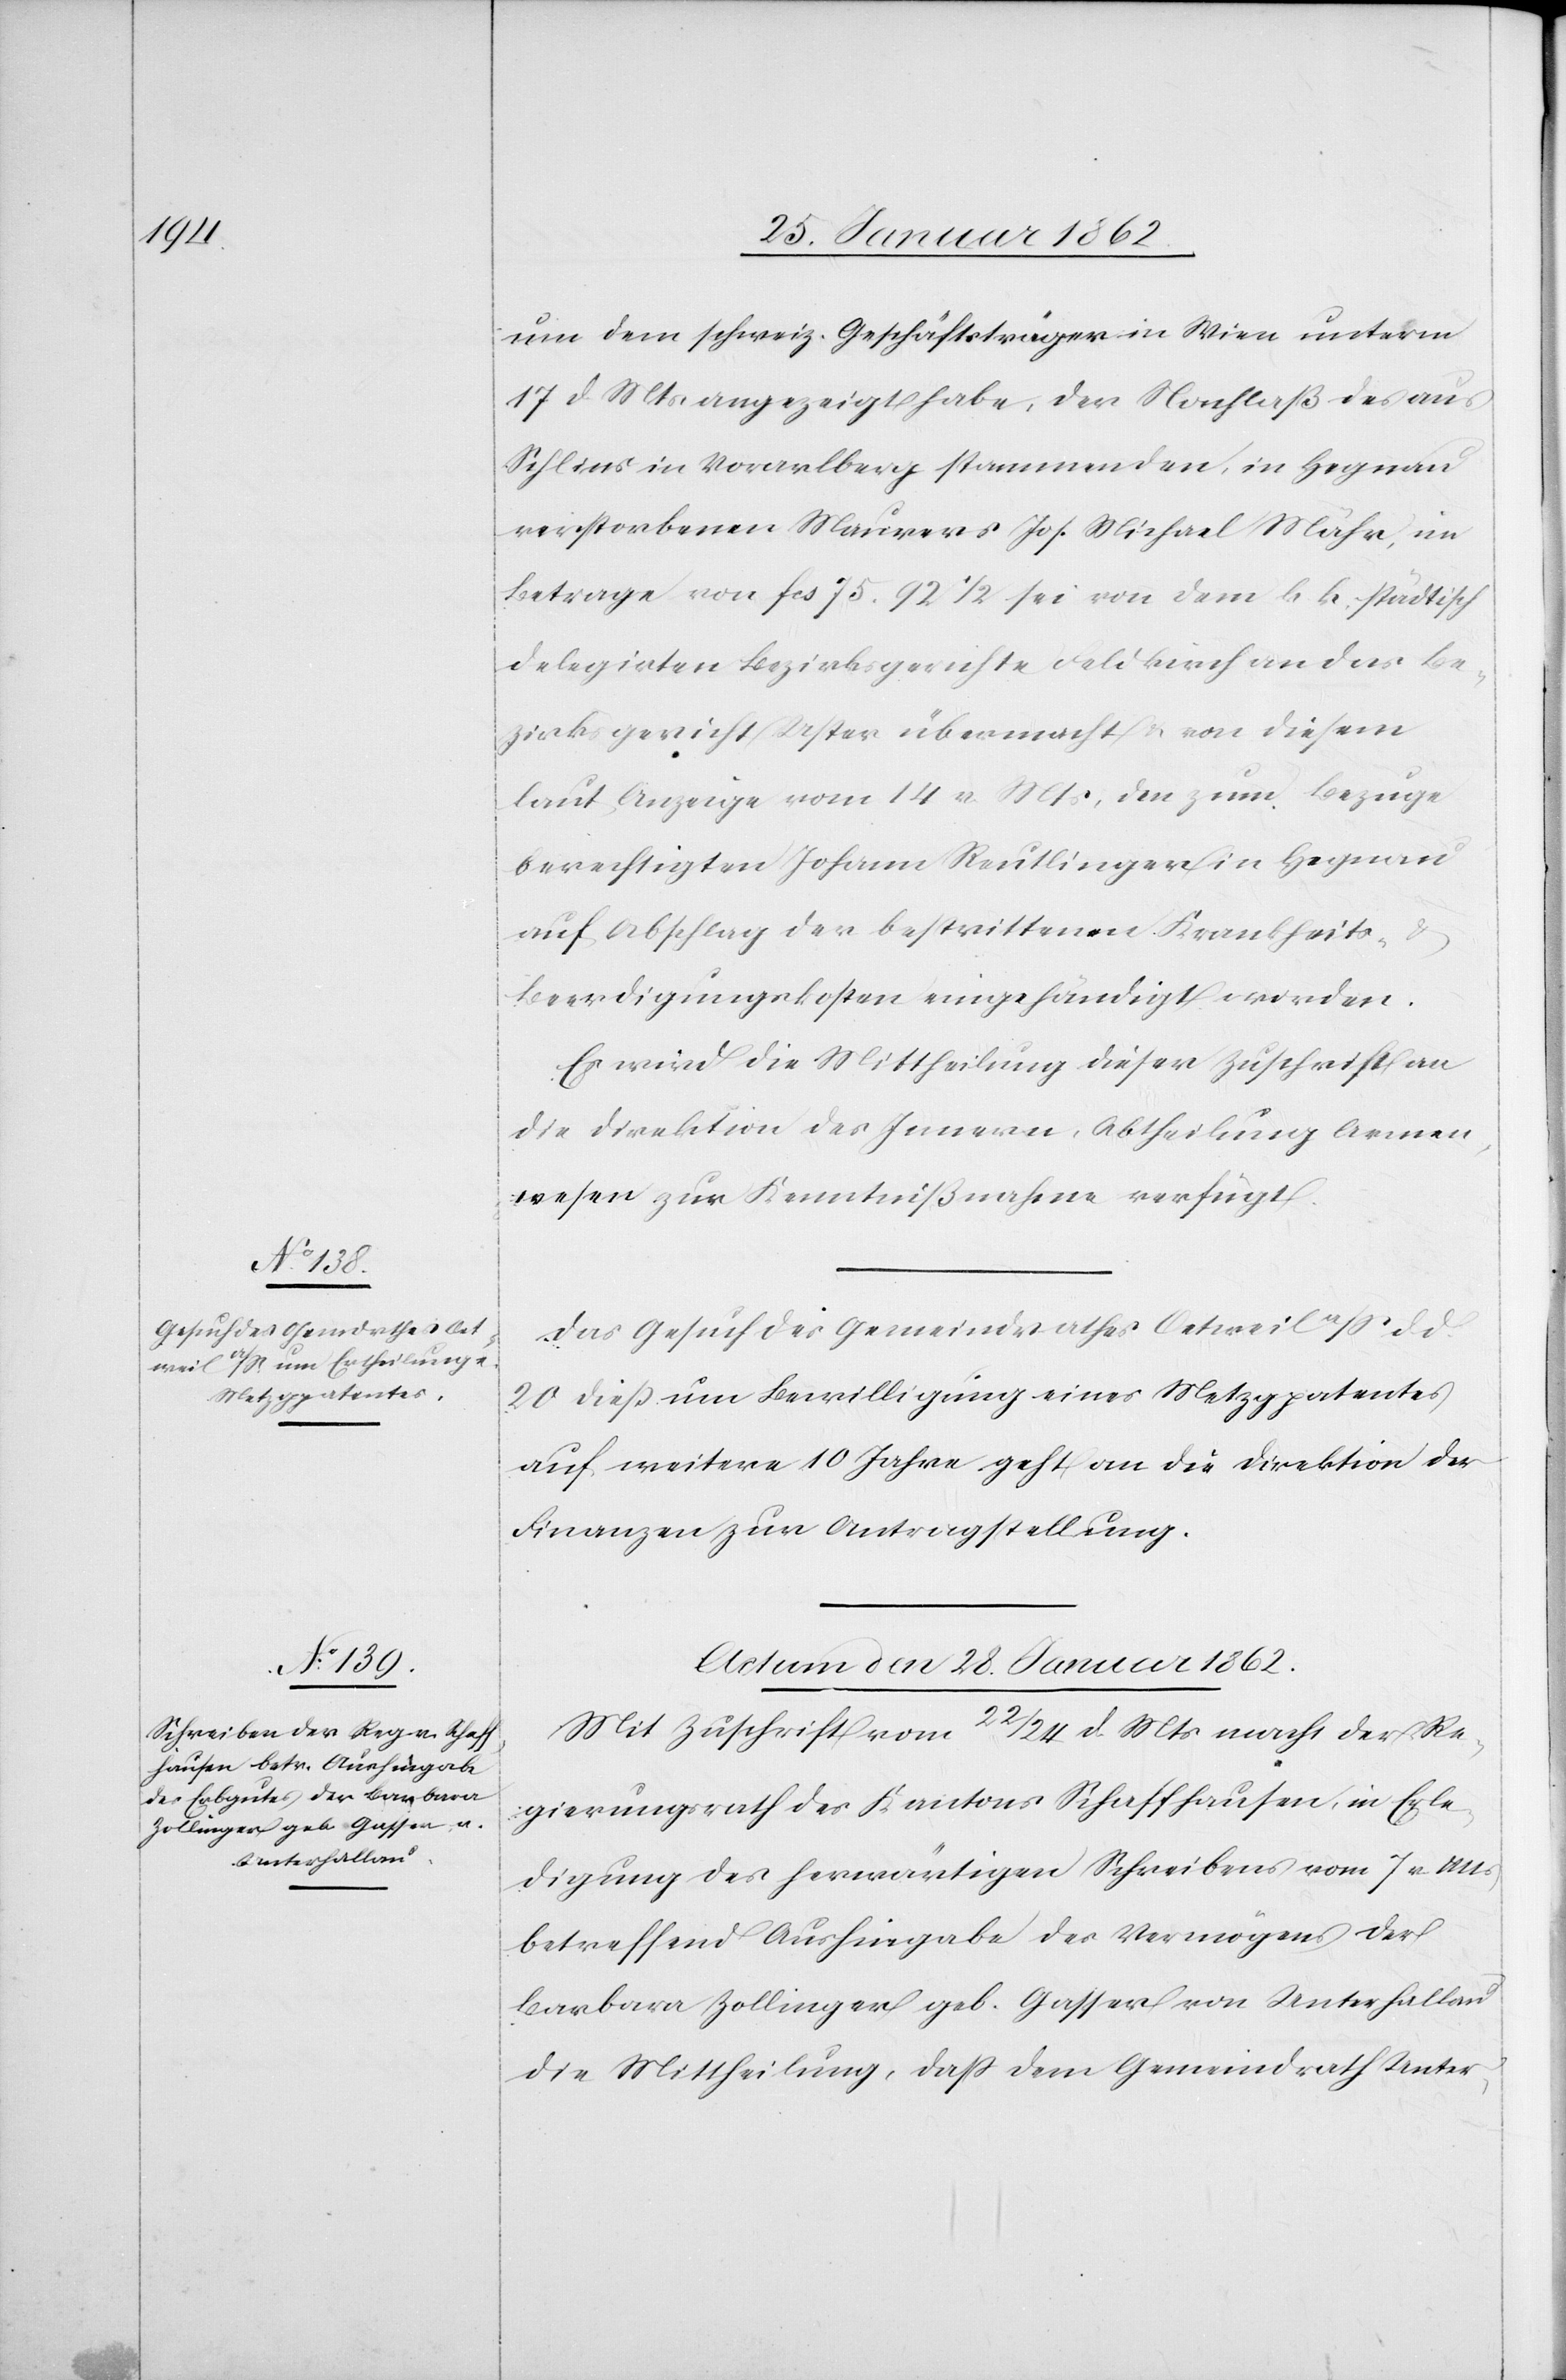
um dem schweiz. Geschäftsträger in Wien unterm
17 d Mts angezeigt habe, der Nachlaß des aus
Schlins in Vorarlberg stammenden, in Hegnau
verstorbenen Maurers Joh. Michael Mähr, im
Betrage von fcs 75. 92 1/2 sei von dem k. k. städtisch
delegirten Bezirksgerichte Feldkirch an das Be¬
zirksgericht Uster übermacht u. von diesem
laut Anzeige vom 14 v Mts, den [sic!] zum Bezuge
berechtigten Johann Reutlinger in Hegnau
auf Abschlag der bestrittenen Krankheits- &
Beerdigungskosten eingehändigt worden.
Es wird die Mittheilung dieser Zuschrift an
die Direktion des Innern, Abtheilung Armen¬
wesen zur Kenntnißnahme verfügt.
Das Gesuch des Gemeindrathes Oetweil a/S d d
20 dieß um Bewilligung eines Metzgpatentes
auf weitere 10 Jahre geht an die Direktion der
Finanzen zur Antragstellung.
Actum den 28. Januar 1862.
Mit Zuschrift vom 22/24 d Mts macht der Re¬
gierungsrath des Kantons Schaffhausen, in Erle¬
digung des herwärtigen Schreibens vom 7 v Mts
betreffend Aushingabe des Vermögens der
Barbara Zollinger geb. Gasser von Unterhallau
die Mittheilung, daß dem Gemeindrath Unter-